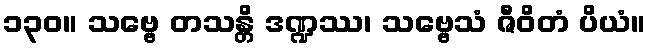
၁၃၀။ သဗ္ဗေ တသန္တိ ဒဏ္ဍဿ၊ သဗ္ဗေသံ ဇီဝိတံ ပိယံ။